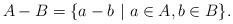
LaTeX: \begin{align*} A - B = \{ a - b\ |\ a \in A, b \in B \}.\end{align*}